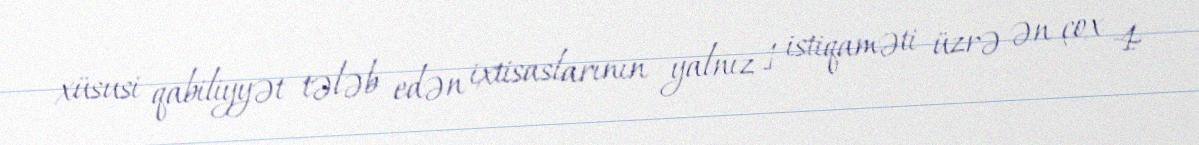
xüsusi qabiliyyət tələb edən ixtisaslarının yalnız 1 istiqaməti üzrə ən çox 4